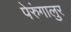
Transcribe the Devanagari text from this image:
पेरुंगालुर